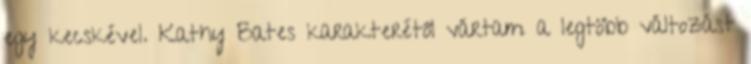
egy kecskével. Kathy Bates karakterétől vártam a legtöbb változást